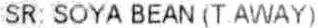
SR: SOYA BEAN (T AWAY)